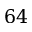
6 4